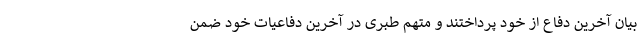
بیان آخرین دفاع از خود پرداختند و متهم طبری در آخرین دفاعیات خود ضمن